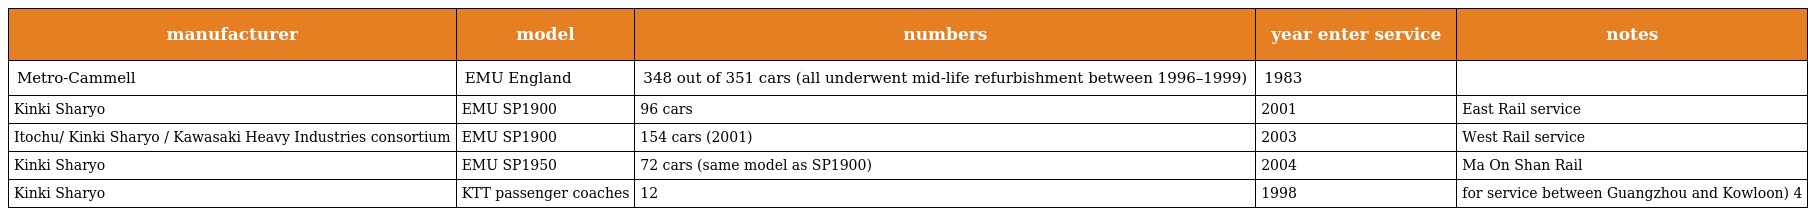
| manufacturer | model | numbers | year enter service | notes |
 | --- | --- | --- | --- | --- |
 | Metro-Cammell | EMU England | 348 out of 351 cars (all underwent mid-life refurbishment between 1996–1999) | 1983 |  |
 | Kinki Sharyo | EMU SP1900 | 96 cars | 2001 | East Rail service |
 | Itochu/ Kinki Sharyo / Kawasaki Heavy Industries consortium | EMU SP1900 | 154 cars (2001) | 2003 | West Rail service |
 | Kinki Sharyo | EMU SP1950 | 72 cars (same model as SP1900) | 2004 | Ma On Shan Rail |
 | Kinki Sharyo | KTT passenger coaches | 12 | 1998 | for service between Guangzhou and Kowloon) 4 |